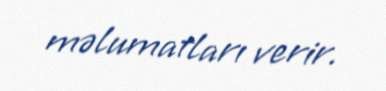
məlumatları verir.